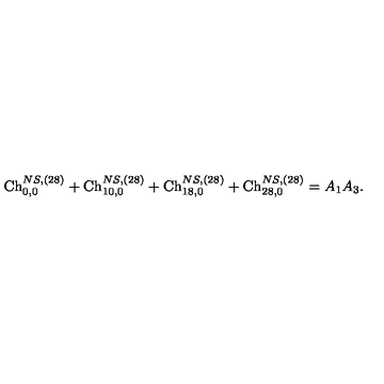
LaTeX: \mathrm { C h } _ { 0 , 0 } ^ { N S , ( 2 8 ) } + \mathrm { C h } _ { 1 0 , 0 } ^ { N S , ( 2 8 ) } + \mathrm { C h } _ { 1 8 , 0 } ^ { N S , ( 2 8 ) } + \mathrm { C h } _ { 2 8 , 0 } ^ { N S , ( 2 8 ) } = A _ { 1 } A _ { 3 } .